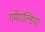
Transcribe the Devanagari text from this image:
एमेराल्डिया